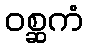
ဝစ္ဆကံ